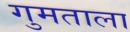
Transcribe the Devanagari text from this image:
गुमताला